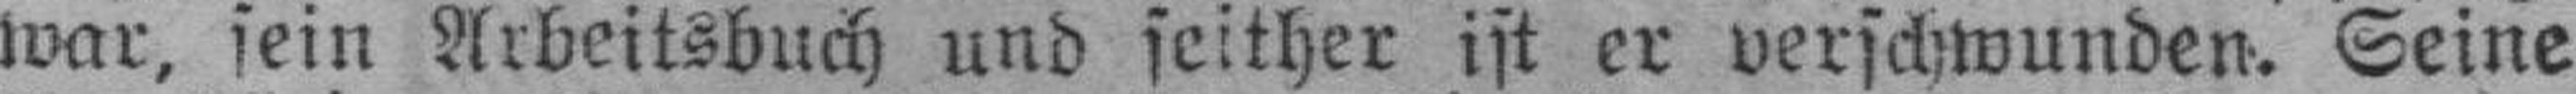
war, sein Arbeitsbuch und seither ist er verschwunden. Seine